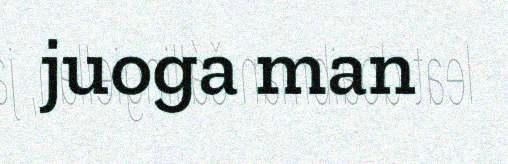
juoga man